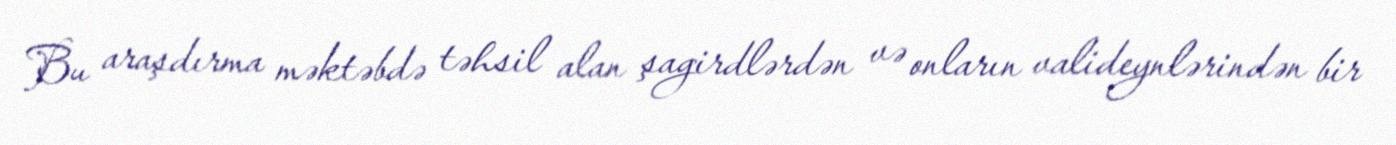
Bu araşdırma məktəbdə təhsil alan şagirdlərdən və onların valideynlərindən bir